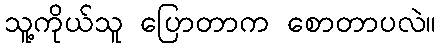
သူ့ကိုယ်သူ ပြောတာက စောတာပလဲ။